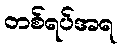
တစ်ရပ်အရ